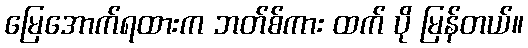
မြေအောက်ရထားက ဘတ်စ်ကား ထက် ပို မြန်တယ်။